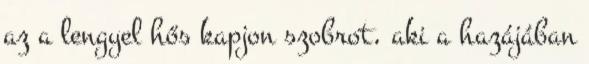
az a lengyel hős kapjon szobrot, aki a hazájában